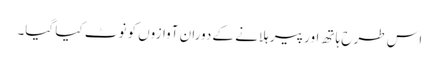
اس طرح ہاتھ اور پیر ہلانے کے دوران آوازوں کو نوٹ کیا گیا۔